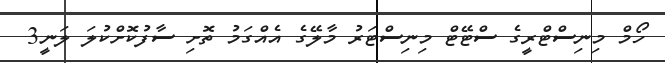
ހޯމް މިނިސްޓްރީގެ ސްޓޭޓް މިނިސްޓަރު މާލޭގެ އެއްގަމު ތޮށި ސާފުކޮށްކުލަ ލަނީ3